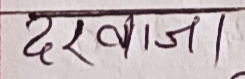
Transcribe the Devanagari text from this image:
दरवाजा|